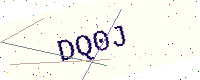
Text: DQ0J